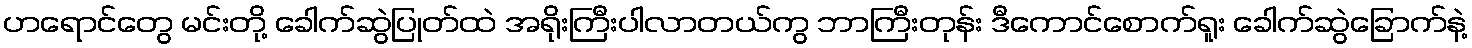
ဟရောင်တွေ မင်းတို့ ခေါက်ဆွဲပြုတ်ထဲ အရိုးကြီးပါလာတယ်ကွ ဘာကြီးတုန်း ဒီကောင်စောက်ရူး ခေါက်ဆွဲခြောက်နဲ့